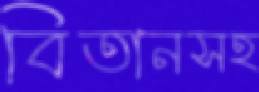
বিতানসহ